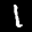
Label: 1